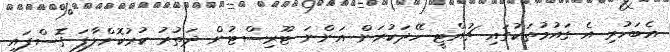
އެބަހުރި އެ ގައުމުތަކުގައި ޗުއްޓީ ހޭދަކުރަން އަންނަ ޓޫރިސްޓުން ދަތުރު ކުރުކޮށްލާފަ ގޮސްފައި